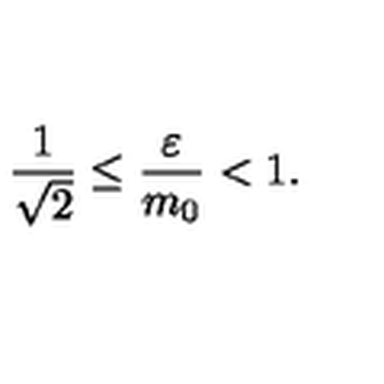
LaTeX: \frac { 1 } { \sqrt { 2 } } \le \frac { \varepsilon } { m _ { 0 } } < 1 .